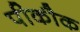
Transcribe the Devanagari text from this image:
पीकौक